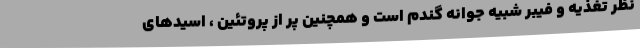
نظر تغذیه و فیبر شبیه جوانه گندم است و همچنین پر از پروتئین ، اسیدهای